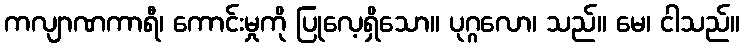
ကလျာဏကာရီ၊ ကောင်းမှုကို ပြုလေ့ရှိသော။ ပုဂ္ဂလော၊ သည်။ မေ၊ ငါသည်။